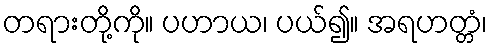
တရားတို့ကို။ ပဟာယ၊ ပယ်၍။ အရဟတ္တံ၊